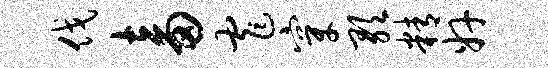
伐畜窄穿歌精奸